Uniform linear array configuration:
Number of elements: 4
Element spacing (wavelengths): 0.5
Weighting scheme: exponential
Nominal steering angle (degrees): -30
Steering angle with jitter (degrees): -31.931
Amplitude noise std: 0.05
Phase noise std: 0.05

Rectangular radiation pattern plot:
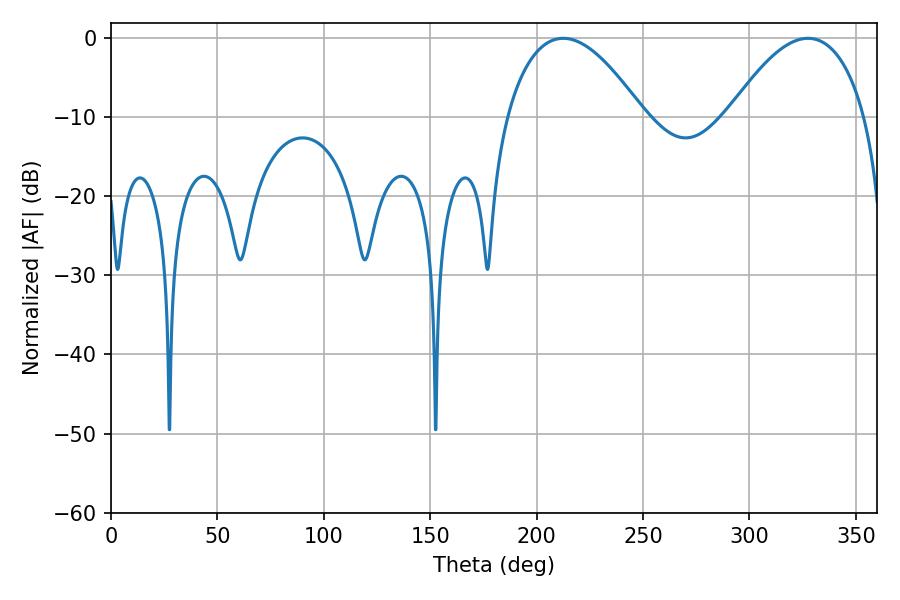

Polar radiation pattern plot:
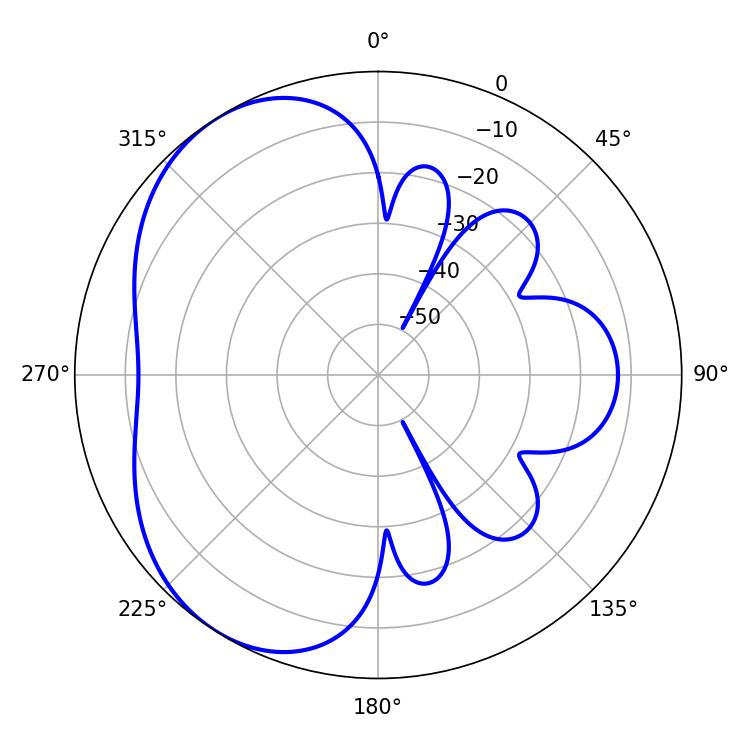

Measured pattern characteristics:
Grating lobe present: FALSE
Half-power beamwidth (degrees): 35.46
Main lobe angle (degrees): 212.58